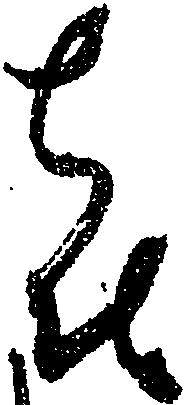
喜